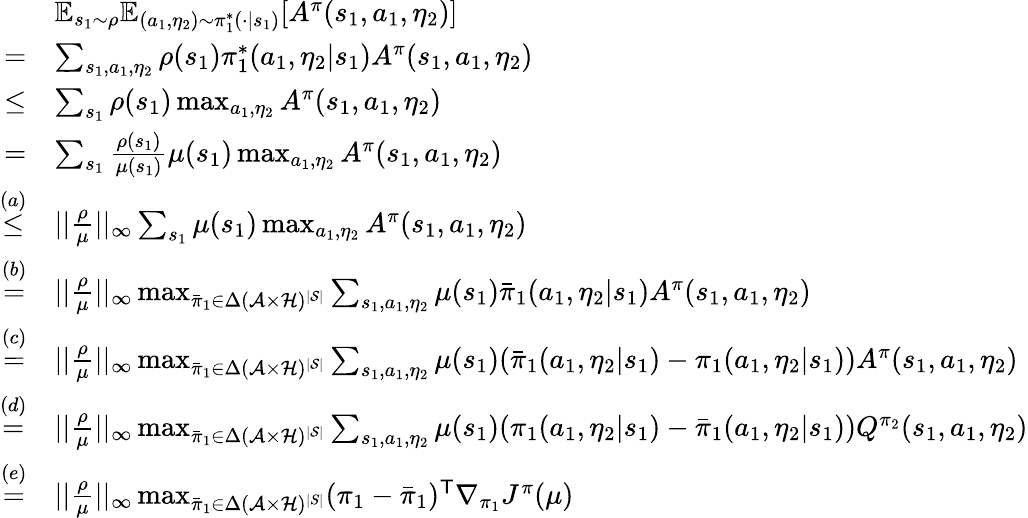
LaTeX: \begin{array}{rl}&{\mathbb{E}_{s_{1}\sim\rho}\mathbb{E}_{(a_{1},\eta_{2})\sim\pi_{1}^{*}(\cdot|s_{1})}[A^{\pi}(s_{1},a_{1},\eta_{2})]}\\ {=}&{\sum_{s_{1},a_{1},\eta_{2}}\rho(s_{1})\pi_{1}^{*}(a_{1},\eta_{2}|s_{1})A^{\pi}(s_{1},a_{1},\eta_{2})}\\ {\le}&{\sum_{s_{1}}\rho(s_{1})\operatorname*{max}_{a_{1},\eta_{2}}A^{\pi}(s_{1},a_{1},\eta_{2})}\\ {=}&{\sum_{s_{1}}\frac{\rho(s_{1})}{\mu(s_{1})}\mu(s_{1})\operatorname*{max}_{a_{1},\eta_{2}}A^{\pi}(s_{1},a_{1},\eta_{2})}\\ {\overset{(a)}{\le}}&{||\frac{\rho}{\mu}||_{\infty}\sum_{s_{1}}\mu(s_{1})\operatorname*{max}_{a_{1},\eta_{2}}A^{\pi}(s_{1},a_{1},\eta_{2})}\\ {\overset{(b)}{=}}&{||\frac{\rho}{\mu}||_{\infty}\operatorname*{max}_{\bar{\pi}_{1}\in{\Delta}(\mathcal{A}\times\mathcal{H})^{|\mathcal{S}|}}\sum_{s_{1},a_{1},\eta_{2}}\mu(s_{1})\bar{\pi}_{1}(a_{1},\eta_{2}|s_{1})A^{\pi}(s_{1},a_{1},\eta_{2})}\\ {\overset{(c)}{=}}&{||\frac{\rho}{\mu}||_{\infty}\operatorname*{max}_{\bar{\pi}_{1}\in{\Delta}(\mathcal{A}\times\mathcal{H})^{|\mathcal{S}|}}\sum_{s_{1},a_{1},\eta_{2}}\mu(s_{1})(\bar{\pi}_{1}(a_{1},\eta_{2}|s_{1})-\pi_{1}(a_{1},\eta_{2}|s_{1}))A^{\pi}(s_{1},a_{1},\eta_{2})}\\ {\overset{(d)}{=}}&{||\frac{\rho}{\mu}||_{\infty}\operatorname*{max}_{\bar{\pi}_{1}\in{\Delta}(\mathcal{A}\times\mathcal{H})^{|\mathcal{S}|}}\sum_{s_{1},a_{1},\eta_{2}}\mu(s_{1})(\pi_{1}(a_{1},\eta_{2}|s_{1})-\bar{\pi}_{1}(a_{1},\eta_{2}|s_{1}))Q^{\pi_{2}}(s_{1},a_{1},\eta_{2})}\\ {\overset{(e)}{=}}&{||\frac{\rho}{\mu}||_{\infty}\operatorname*{max}_{\bar{\pi}_{1}\in{\Delta}(\mathcal{A}\times\mathcal{H})^{|S|}}(\pi_{1}-\bar{\pi}_{1})^{\mathsf T}\nabla_{\pi_{1}}J^{\pi}(\mu)}\end{array}